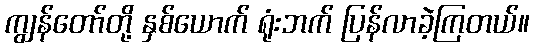
ကျွန်တော်တို့ နှစ်ယောက် ရုံးဘက် ပြန်လာခဲ့ကြတယ်။